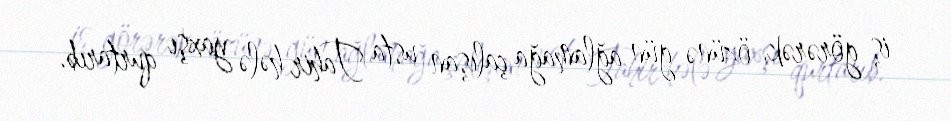
iş görərək, özünə gün ağlamağa çalışan usta Tahir hələ yaxşı qurtarıb.